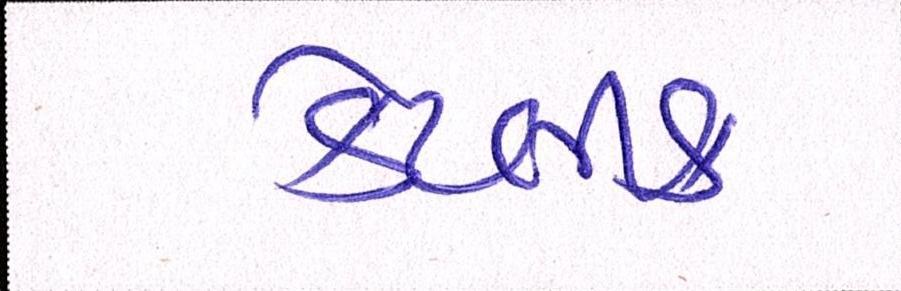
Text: કેટલીક